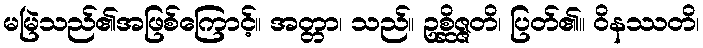
မမြဲသည်၏အဖြစ်ကြောင့်။ အတ္တာ၊ သည်။ ဥစ္ဆိဇ္ဇတိ၊ ပြတ်၏။ ဝိနဿတိ၊